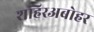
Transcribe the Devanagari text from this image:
शहिरअबोहर